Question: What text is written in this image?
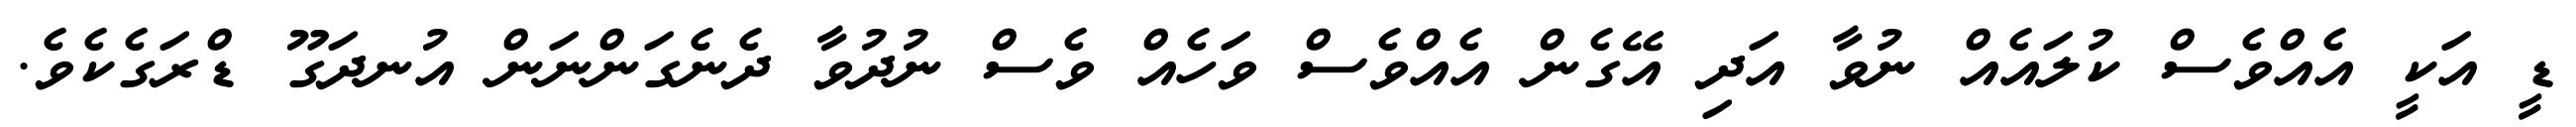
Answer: ޑީ އަކީ އެއްވެސް ކުލައެއް ނުވާ އަދި އޭގެން އެއްވެސް ވަހެއް ވެސް ނުދުވާ ދެނެގަންނަން އުނދަގޫ ޑްރަގެކެވެ.